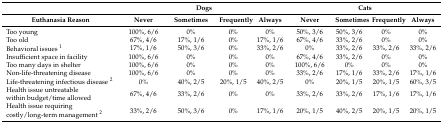
<table><thead><tr><td></td><td colspan="4"><b>Dogs</b></td><td colspan="4"><b>Cats</b></td></tr><tr><td><b>Euthanasia Reason</b></td><td><b>Never</b></td><td><b>Sometimes</b></td><td><b>Frequently</b></td><td><b>Always</b></td><td><b>Never</b></td><td><b>Sometimes</b></td><td><b>Frequently</b></td><td><b>Always</b></td></tr></thead><tbody><tr><td>Too young</td><td>100%, 6/6</td><td>0%</td><td>0%</td><td>0%</td><td>50%, 3/6</td><td>50%, 3/6</td><td>0%</td><td>0%</td></tr><tr><td>Too old</td><td>67%, 4/6</td><td>17%, 1/6</td><td>0%</td><td>17%, 1/6</td><td>67%, 4/6</td><td>33%, 2/6</td><td>0%</td><td>0%</td></tr><tr><td>Behavioral issues <sup>1</sup></td><td>17%, 1/6</td><td>50%, 3/6</td><td>0%</td><td>33%, 2/6</td><td>0%</td><td>33%, 2/6</td><td>33%, 2/6</td><td>33%, 2/6</td></tr><tr><td>Insufficient space in facility</td><td>100%, 6/6</td><td>0%</td><td>0%</td><td>0%</td><td>67%, 4/6</td><td>33%, 2/6</td><td>0%</td><td>0%</td></tr><tr><td>Too many days in shelter</td><td>100%, 6/6</td><td>0%</td><td>0%</td><td>0%</td><td>100%, 6/6</td><td>0%</td><td>0%</td><td>0%</td></tr><tr><td>Non-life-threatening disease</td><td>100%, 6/6</td><td>0%</td><td>0%</td><td>0%</td><td>33%, 2/6</td><td>17%, 1/6</td><td>33%, 2/6</td><td>17%, 1/6</td></tr><tr><td>Life-threatening infectious disease <sup>2</sup></td><td>0%</td><td>40%, 2/5</td><td>20%, 1/5</td><td>40%, 2/5</td><td>0%</td><td>20%, 1/5</td><td>20%, 1/5</td><td>60%, 3/5</td></tr><tr><td>Health issue untreatable within budget/time allowed</td><td>67%, 4/6</td><td>33%, 2/6</td><td>0%</td><td>0%</td><td>33%, 2/6</td><td>33%, 2/6</td><td>17%, 1/6</td><td>17%, 1/6</td></tr><tr><td>Health issue requiring costly/long-term management <sup>2</sup></td><td>33%, 2/6</td><td>50%, 3/6</td><td>0%</td><td>17%, 1/6</td><td>20%, 1/5</td><td>40%, 2/5</td><td>20%, 1/5</td><td>20%, 1/5</td></tr></tbody></table>